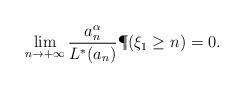
LaTeX: \begin{align*} \lim_{n \to +\infty} \frac{a_n^\alpha}{L^*(a_n)} \P(\xi_1 \geq n) = 0.\end{align*}